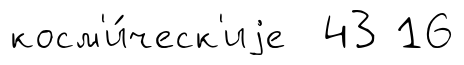
косм'и́ческ'иjе 43 16